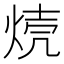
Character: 𱫈